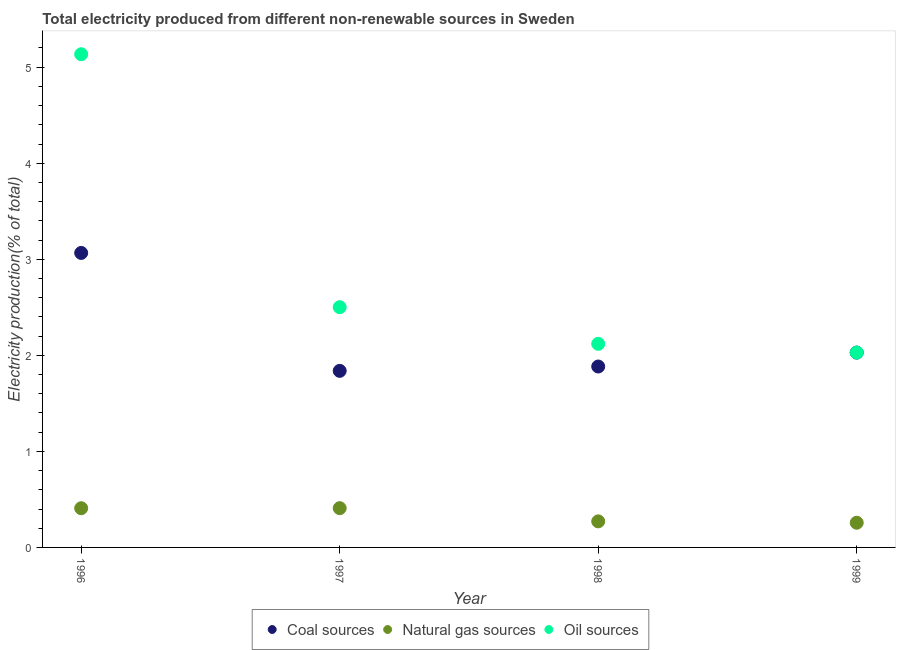
| Year | Coal sources | Natural gas sources | Oil sources |
 | --- | --- | --- | --- |
 | 1996 | 3.07 | 0.408 | 5.13 |
 | 1997 | 1.84 | 0.409 | 2.5 |
 | 1998 | 1.88 | 0.271 | 2.12 |
 | 1999 | 2.03 | 0.257 | 2.03 |